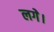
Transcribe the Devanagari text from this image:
लगेे।